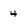
Character: 4